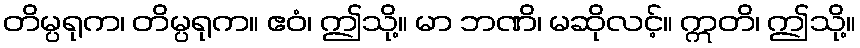
တိမ္ပရုက၊ တိမ္ပရုက။ ဧဝံ၊ ဤသို့။ မာ ဘဏိ၊ မဆိုလင့်။ ဣတိ၊ ဤသို့။